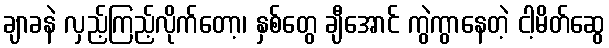
ချာခနဲ လှည့်ကြည့်လိုက်တော့၊ နှစ်တွေ ချီအောင် ကွဲကွာနေတဲ့ ငါ့မိတ်ဆွေ